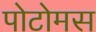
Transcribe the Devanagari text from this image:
पोटोमस